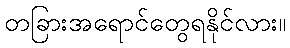
တခြားအရောင်တွေရနိုင်လား။